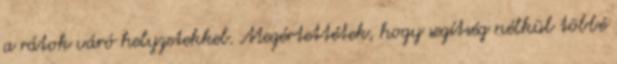
a rátok váró helyzetekkel. Megértettétek, hogy segítség nélkül többé